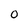
Character: O